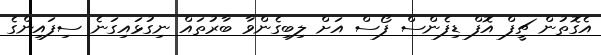
އެގޮތުން ޗީފް އޮފް ޑިފެންސް ފޯސް އަށް ލިބިގެންވާ ބާރުތައް ނިގުޅައިގަނެ ސިފައިންގެ